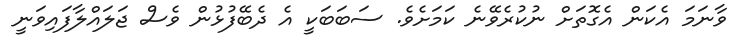
ވާނަމަ އެކަން އެގޮތަށް ނުކުރެވޭނެ ކަމަށެވެ. ސަބަބަކީ އެ ދެބޭފުޅުން ވެސް ޖަލައްލާފައިވަނީ